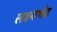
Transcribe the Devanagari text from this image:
लक्ष्यभेद